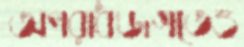
অপরাধজগতেও